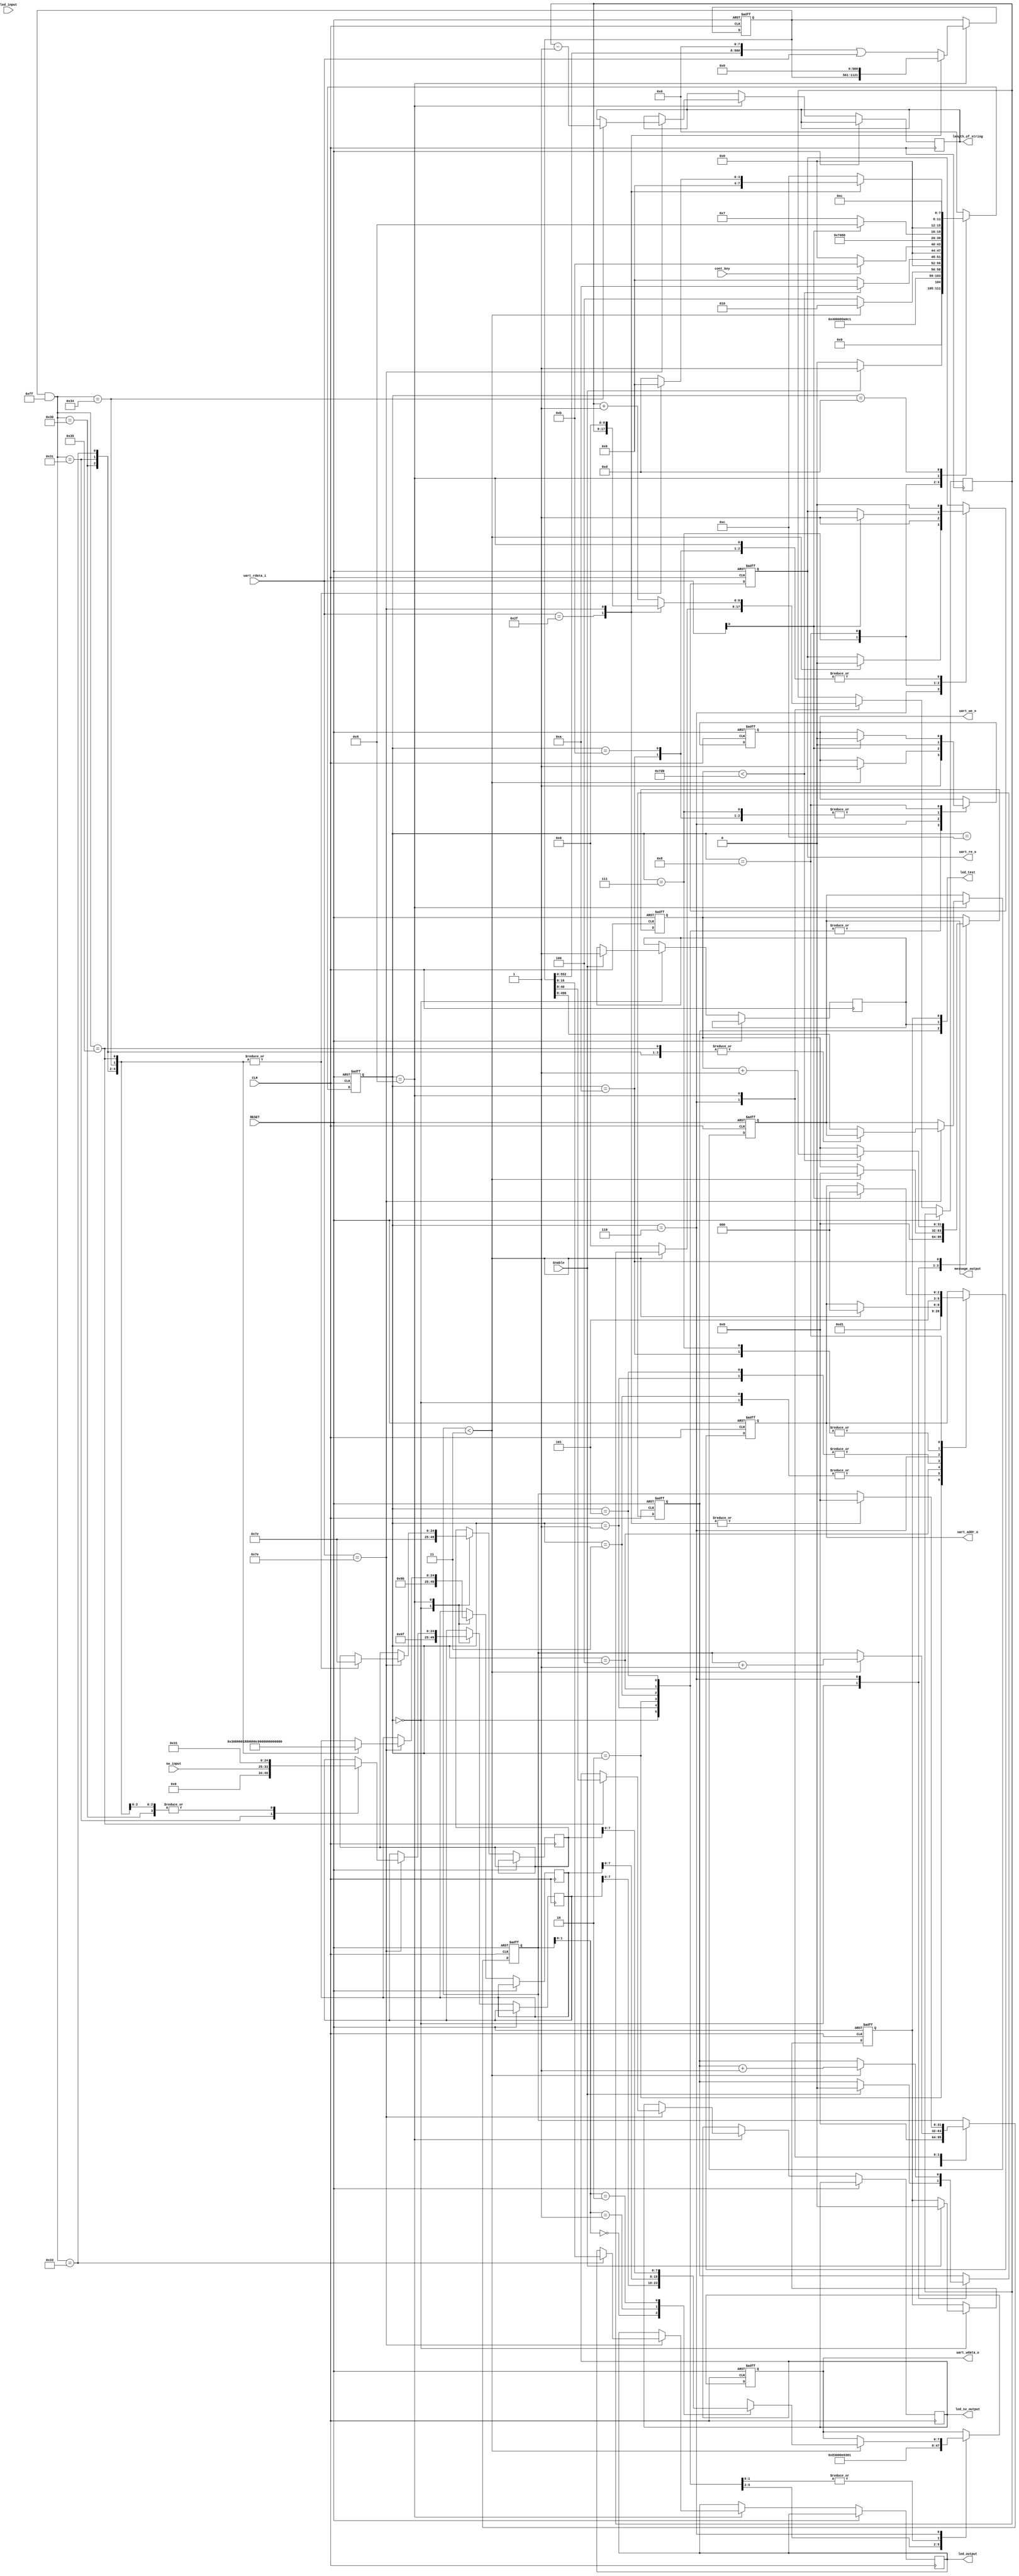

//`define UART_HEX
`define UART_BIN


module fifo(
	Enable, 
	CLK, 
	RESET, 
	uart_addr_o, 
	uart_wdata_o, 
	uart_rdata_i, 
	uart_we_o, 
	uart_re_o,
	cont_key,
	led_test,
	message_output,
	led_sv_output,
	led_output,
	sw_input,
	led_input,
	length_of_string
	);

//=================================================================================================================
// paramaters 

parameter DATA_WIDTH = 12; // real width of lst file  : equal to number of scan_cell  
parameter DATA_DEPTH = 8;


parameter DATA_BIT = 8;
parameter LED_BIT = 5;

parameter ST_IDLE  = 8'd0;
parameter ST_DL_MSB  = 8'd1;
parameter ST_DL_LSB  = 8'd2;
parameter ST_LCR  = 8'd3;
parameter ST_FCR  = 8'd4;
parameter ST_IER  = 8'd5;
parameter ST_SEND_TEST_CHAR  = 8'd6;
parameter ST_READ_LSR  = 8'd7;
parameter ST_CHECK_LSR  = 8'd8;
parameter ST_CMD_DECODE  = 8'd9;
parameter ST_SEND_TEST_CHAR_WAIT  = 8'd10;
parameter ST_WAIT_KEY = 8'd11;
parameter ST_LISTEN_PC = 8'd12;
parameter ST_SHOW_LED_RED  = 8'd13;


parameter STRING_CONNECT  = 8'd48;
parameter STRING_STATUS_SWITCH  = 8'd49;
parameter STRING_STATUS_LED  = 8'd50;
parameter STRING_SET_LED  = 8'd51;
parameter STRING_SET_LCD  = 8'd52;
parameter STRING_SET_LED_SV  = 8'd53;

// PC Command list
parameter CM_SEND_TEST_CHAR = 8'h2f; // '/'

// PC Command list
parameter CM_SEND_ENTER = 8'h7E; // 'enter'

//=================================================================================================================
// input, output ports

input wire Enable;
input wire CLK;
input wire RESET;


output reg [2:0] uart_addr_o;
output reg [7:0] uart_wdata_o;
input wire [7:0] uart_rdata_i;
output reg uart_we_o;
output reg uart_re_o;
input cont_key;
input [8:0]sw_input;
input [8:0] led_input;
output [2:0] led_test;
output [61*8:0] message_output;
output [4*8:0] led_sv_output;
output [8:0]	led_output;
output [8:0] length_of_string;

reg [61*8:0] string_message;
reg [8:0] length_of_message;
reg [8:0] length_of_cmd;
reg [4*8:0] string_led_sv;
reg [8:0] string_led;
assign message_output = string_message;
assign led_sv_output = string_led_sv;
assign led_output = string_led;
assign length_of_string = length_of_message;


reg [8:0] STATUS_SW_END ;
reg [8:0] STATUS_LED_END;


reg [8*70:0] data_input;

reg start_input_string;
reg led_1;
reg led_2;
reg led_3;
assign led_test[0] = led_1;
assign led_test[1] = led_2;
assign led_test[2] = led_3;
//===========================================================================================================================


//===========================================================================================================================
// internal registers

reg [7:0] state;
reg [31:0] r_counter;
reg [31:0] r_counter2;


//=============================================================================================================
parameter CHAR_A = 8'h61, 
CHAR_B = 8'h62, 
CHAR_C = 8'h63, 
CHAR_D = 8'h64, 
CHAR_E = 8'h65, 
CHAR_F = 8'h66, 
CHAR_G = 8'h67, 
CHAR_H = 8'h68, 
CHAR_I = 8'h69, 
CHAR_J = 8'h6a, 
CHAR_K = 8'h6b, 
CHAR_L = 8'h6c, 
CHAR_M = 8'h6d, 
CHAR_N = 8'h6e, 
CHAR_O = 8'h6f, 
CHAR_P = 8'h70, 
CHAR_Q = 8'h71, 
CHAR_R = 8'h72, 
CHAR_S = 8'h73, 
CHAR_T = 8'h74, 
CHAR_U = 8'h75, 
CHAR_V = 8'h76, 
CHAR_W = 8'h77, 
CHAR_X = 8'h78, 
CHAR_Y = 8'h79, 
CHAR_Z = 8'h7a, 
CHAR_Space = 8'h20, 
CHAR_Enter = 8'h0a;

reg [8*60:0] string_space;
reg [8*31:0] string_NHAP_MA_TAU[0:30];
reg [8*4:0] string_CONNECT[0:3];
reg [8*4:0] string_get_STAUTUS_SWITCHS[0:3];
reg [8*4:0] string_get_STAUTUS_LED[0:3];
reg [8*4:0] string_set_STAUTUS_SWITCHS[0:3];
reg [8*41:0] string_LCD[0:40];
reg [8*5:0] string_LED_SV[0:4];
reg [8*3:0] string_response[0:2];
reg string_Length;
//===========================================================================================================================


//start of source 
always @(posedge RESET or posedge CLK)
begin
	if(RESET)
	begin
		/*
			To board sram, initial value is for [not writing] == [read]
		*/
		uart_addr_o <= 3'b000;
		uart_wdata_o <= 8'h00;
		uart_we_o <= 1'b0;
		uart_re_o <= 1'b0;
		led_1 <=  1;
		led_3 <=  0;
		state <= ST_IDLE;
		r_counter <= 32'd0;
		r_counter2 <= 32'd0;
		string_message <= 16'd0;

		data_input <= 16'd0;

	end
	else begin
			case (state) 
				/*
					From here, Uart initialization senario starts
				*/
       		ST_IDLE : begin
					/*
						LCR = 0x83;   
					*/
					uart_addr_o <= 3'b011;
					uart_wdata_o <= 8'h83;
					uart_we_o <= 1'b1;
					uart_re_o <= 1'b0;
					r_counter <= 32'd0;
					r_counter2 <= 32'd0;
					
					// ==
		
					string_response[0] <= CHAR_O;
					string_response[1] <= CHAR_K;
					string_response[2] <= CM_SEND_ENTER;
					string_Length <= 32'd3;
					//==
					
					if(Enable == 1'b1)
					begin
						led_2 <= 1;
						led_1 <= 0;
						led_3 <= 0;
						state <= ST_DL_MSB;
					end
					else
						state <= ST_IDLE;

				end	
				ST_DL_MSB : begin
					/* 25MHz = 0x0E, 50MHz = 0x1B, 12.5MHz = 0x07 
						RB_THR = 0x0E
						Baudrate = 9600 ==> Divisor Latches = 00A3
					*/
					uart_addr_o <= 3'b001;
					uart_wdata_o <= 8'h00;
					uart_we_o <= 1'b1;
					state <= ST_DL_LSB;
				end
				ST_DL_LSB : begin
					/* 25MHz = 0x0E, 50MHz = 0x1B, 12.5MHz = 0x07
						RB_THR = 0x0E
						Baudrate = 9600 ==> Divisor Latches = 00A3
						Baudrate = 115200 ==> DL = 000E
					*/
					uart_addr_o <= 3'b000;
					uart_wdata_o <= 8'h0E; // we use 25MHz clock and baudrate = 115200
					uart_we_o <= 1'b1;
					state <= ST_LCR;
				end
				ST_LCR : begin
					/*
						LCR = 0x03;   
					*/
					uart_addr_o <= 3'b011;
					uart_wdata_o <= 8'h03;
					uart_we_o <= 1'b1;
					state <= ST_FCR;

				end
				ST_FCR : begin
					/*
						IIR_FCR = 0x01;   
					*/
					uart_addr_o <= 3'b010;
					uart_wdata_o <= 8'b00000001;
					uart_we_o <= 1'b1;
					state <= ST_IER;
				end
				ST_IER : begin
					/*
						IER = 0x01;   
					*/
					uart_addr_o <= 3'b001;
					uart_wdata_o <= 8'h01;
					uart_we_o <= 1'b1;
					state <= ST_SEND_TEST_CHAR;
				end
				ST_SEND_TEST_CHAR: begin
					// test pattern == just write 'T' character to the terminal screen

					// below 4 lines is disables in case with tty test
	
					
					if (r_counter< 32'd3) begin
						uart_addr_o <= 3'b000;
						uart_we_o <= 1'b1;
						uart_re_o <= 1'b0;
						uart_wdata_o <= string_response[r_counter];
						
						led_3 <= (led_3+1)&1;
						r_counter <= r_counter + 32'd1;
						r_counter2 <= 32'd0;
						state <= ST_SEND_TEST_CHAR_WAIT;
					end else 
					begin 
						start_input_string <= 0;
						length_of_cmd <= 0;
						state <= ST_LISTEN_PC;
					end
				
				end	
				
				ST_SEND_TEST_CHAR_WAIT: begin 
					uart_addr_o <= 3'b101;
					uart_we_o <= 1'b0;
					uart_re_o <= 1'b0;
					if (r_counter2<32'd2000) begin
						
						state <= ST_SEND_TEST_CHAR_WAIT;
						r_counter2 <= r_counter2 + 32'd1;
					end else begin
						state <= ST_SEND_TEST_CHAR;
					end
				end
				
				ST_WAIT_KEY: begin
					uart_we_o <= 1'b0;
					uart_re_o <= 1'b0;
					if (cont_key==1'b0) begin
						state <= ST_IDLE;
					end else begin
						state <= ST_WAIT_KEY;
					end
				end
				
				ST_LISTEN_PC: begin
					state <= ST_READ_LSR;
				end
				ST_READ_LSR : begin
					/*
						Iteration from this state to ST12
						1_1 - READ from LSR :  Don't need to wait 1 or 2 cycle - immediately reading 
						1_2 - check LSR value is 0x21
						2 - Then, Read from Buffer(RB_THR) and write memory
					*/
					uart_addr_o <= 3'b101;
					uart_we_o <= 1'b0;
					uart_re_o <= 1'b1;
					
					state <= ST_CHECK_LSR;
				end

					/*
						LSR value == 0x21 ?? Receive at least one character?
					*/
				ST_CHECK_LSR : begin	 
					if (uart_rdata_i[0]) begin // if a command come
						uart_addr_o <= 3'b000;
						uart_we_o <= 1'b0;
						uart_re_o <= 1'b1;
						state <= ST_CMD_DECODE;
					end
					else begin // Continue read for received data
						state <= ST_READ_LSR;
					end

				end
				
					/*
						READ from RB_THR;   
					*/
					
				ST_CMD_DECODE : begin  // show the received data on led, if "space" or "\n" then go to transmition step
					uart_re_o <= 1'b0;
					// Command decode
					case (uart_rdata_i)
						CM_SEND_TEST_CHAR: begin
							r_counter <= 32'd0;
							state <= ST_SEND_TEST_CHAR;
						end
						CM_SEND_ENTER: begin

							r_counter <= 0;
							case (data_input & 8'b11111111)
							
								STRING_CONNECT: begin
									string_response[1] = STRING_CONNECT;
									string_response[0] = 8'd49;
									string_response[2] = CM_SEND_ENTER;
									
									state <= ST_SEND_TEST_CHAR;
								end
								
								STRING_STATUS_SWITCH: begin
									STATUS_SW_END = sw_input ;
									string_response[1] = STRING_STATUS_SWITCH;
									string_response[0] = STATUS_SW_END;
									string_response[2] = CM_SEND_ENTER;
									state <= ST_SEND_TEST_CHAR;
								end
								STRING_SET_LED: begin
									string_led <= (data_input >> 8);
									string_response[1] = STRING_SET_LED;
									string_response[0] = 8'd49;
									string_response[2] = CM_SEND_ENTER;	
									state <= ST_SEND_TEST_CHAR;							
								end
								
								STRING_SET_LCD: begin
									length_of_message <= length_of_cmd - 1;
									string_message <=  (data_input >> 8);

									string_response[1] = STRING_SET_LCD;
									string_response[0] = 8'd49;
									string_response[2] = CM_SEND_ENTER;	
									state <= ST_SEND_TEST_CHAR;
								end
								
								STRING_SET_LED_SV: begin
									string_led_sv <= (data_input >> 8);
									string_response[1] = STRING_SET_LED_SV;
									string_response[0] = 8'd49;
									string_response[2] = CM_SEND_ENTER;		
									state <= ST_SEND_TEST_CHAR;
								end
								default:
								begin
									
									//string_message <= (data_input >> 8);
									string_message <= (data_input >> 8);
									state <= ST_SHOW_LED_RED;
								end
							endcase
							data_input<= 0;
							length_of_cmd <= 0;
						end

						default: begin
							data_input <= (data_input << 8 ) | uart_rdata_i;
							length_of_cmd <= length_of_cmd + 1;
							state <= ST_LISTEN_PC;
						end
					endcase
					
					
				end
				
				ST_SHOW_LED_RED : begin
					state <= ST_LISTEN_PC;
				end
				
				default: begin
					state <= ST_IDLE;
				end
			endcase	
	end
end

endmodule